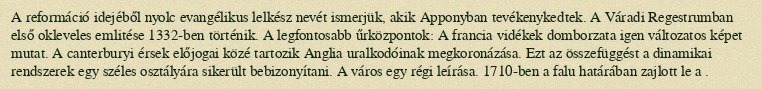
A reformáció idejéből nyolc evangélikus lelkész nevét ismerjük, akik Apponyban tevékenykedtek. A Váradi Regestrumban első okleveles emlitése 1332-ben történik. A legfontosabb űrközpontok: A francia vidékek domborzata igen változatos képet mutat. A canterburyi érsek előjogai közé tartozik Anglia uralkodóinak megkoronázása. Ezt az összefüggést a dinamikai rendszerek egy széles osztályára sikerült bebizonyítani. A város egy régi leírása. 1710-ben a falu határában zajlott le a .